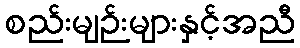
စည်းမျဉ်းများနှင့်အညီ